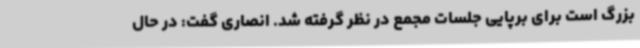
بزرگ است برای برپایی جلسات مجمع در نظر گرفته شد. انصاری گفت: در حال